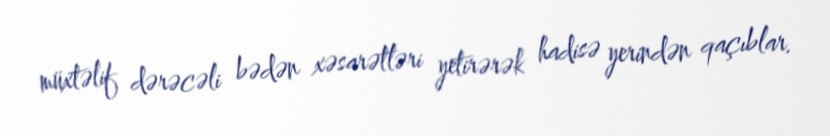
müxtəlif dərəcəli bədən xəsarətləri yetirərək hadisə yerindən qaçıblar.